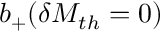
b _ { + } ( \delta M _ { t h } = 0 )